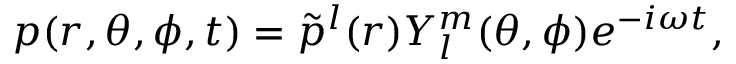
p ( r , \theta , \phi , t ) = \tilde { p } ^ { l } ( r ) Y _ { l } ^ { m } ( \theta , \phi ) e ^ { - i \omega t } ,